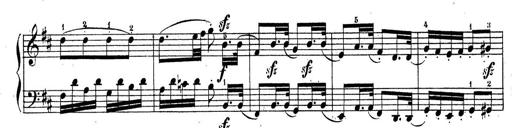
Title: Sonatine No.3
Composer: Peter Piel
Key: D major